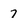
Character: 7